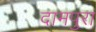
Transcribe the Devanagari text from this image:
दामपुरा